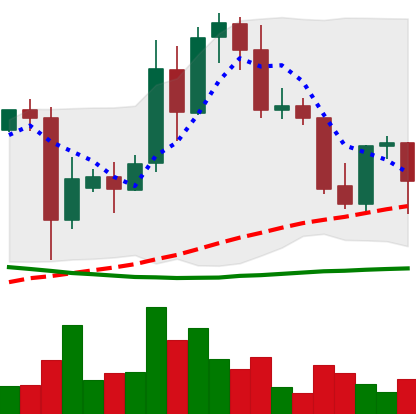
Ticker: TRX-USD
Chart end date: 2021-09-24
Forward return: -6.914%
Label: down_5_7